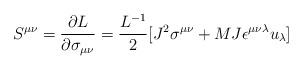
LaTeX: \begin{align*}S^{\mu\nu}={{\partial L}\over {\partial \sigma _{\mu\nu}}}={{L^{-1}}\over 2}[J^2\sigma ^{\mu\nu } +{MJ}\epsilon^{\mu\nu\lambda}u_\lambda ] \end{align*}